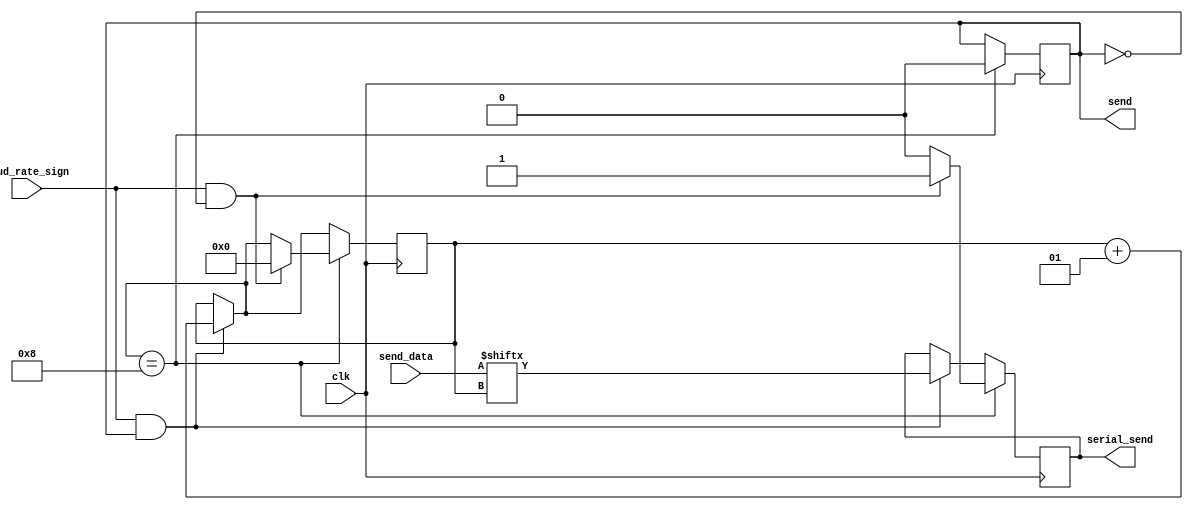
module uart_ttl_send
(
	input  [7 : 0] send_data,
       	input baud_rate_sign,
	input clk,
	output reg serial_send,
//	output reg send_finish,
	output reg send
);
	integer i;

	initial begin
		serial_send <= 1'b1;
		i <= 0;
	end

	always@(posedge clk) begin

		if(baud_rate_sign && send) begin
			if(i == 0) begin
				serial_send = 1'b0;
			end
			serial_send = send_data[i];
			i = i + 1;
		end

		if(i == 8) begin
			serial_send = 1'b0;
			if(baud_rate_sign && send == 0 ) begin
				i = 0;
				serial_send = 1'b1;
			end
			send = 0;
		end
	end

endmodule